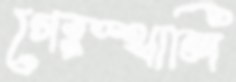
গেরস্থালি